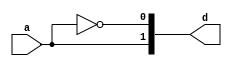
//2 to 4 line decoder 
module decoder(a,d);



input a;
output [1:0] d;
assign d[0]=~a;
assign d[1]=a;

endmodule